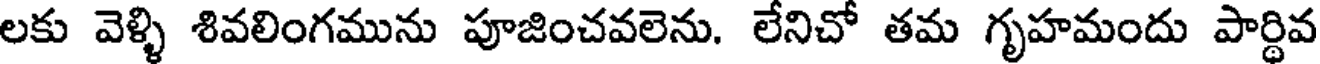
లకు వెళ్ళి శివలింగమును పూజించవలెను. లేనిచో తమ గృహమందు పార్థివ